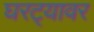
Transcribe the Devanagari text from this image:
घरट्यावर